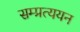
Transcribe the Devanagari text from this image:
सम्प्रत्ययन